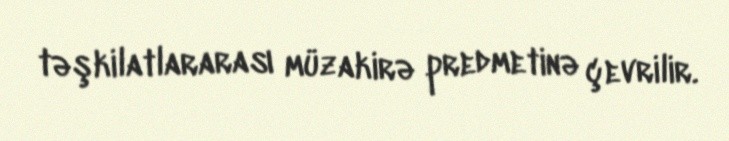
təşkilatlararası müzakirə predmetinə çevrilir.